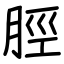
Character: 脛